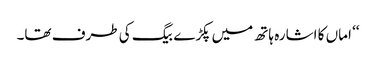
‘‘ اماں کا اشارہ ہاتھ میں پکڑے بیگ کی طرف تھا۔